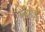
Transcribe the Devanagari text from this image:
साँखु